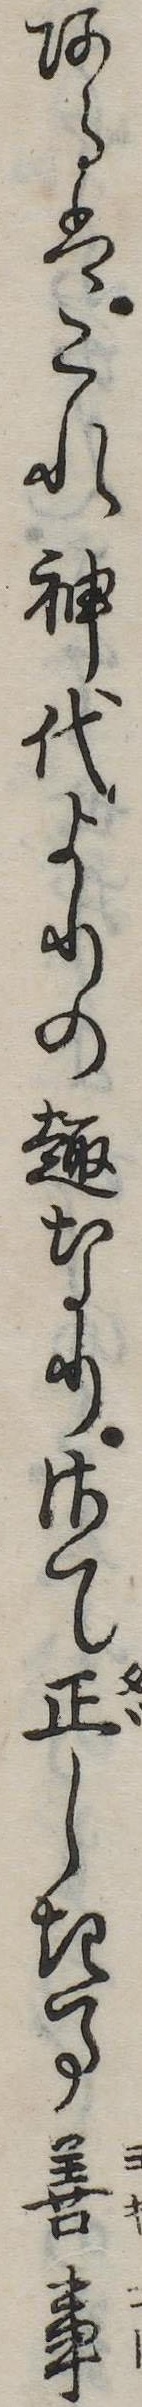
あるはこれ神代よりの趣なりさて正しき事善事